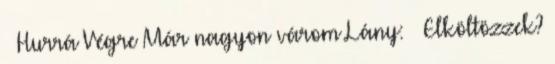
– Hurrá Végre Már nagyon várom Lány: – Elköltözzek?